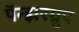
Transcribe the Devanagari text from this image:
पॅन्झरग्रुप